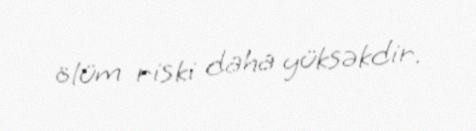
ölüm riski daha yüksəkdir.